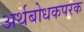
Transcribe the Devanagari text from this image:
अर्थबोधकपरक